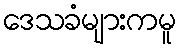
ဒေသခံများကမူ